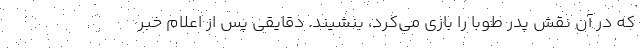
که در آن نقش پدر طوبا را بازی می‌کرد، بنشیند. دقایقی پس از اعلام خبر